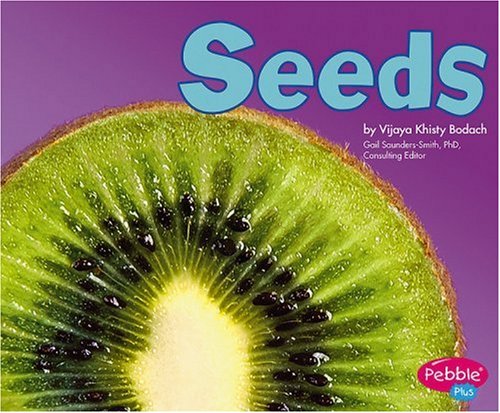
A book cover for Seeds (Plant Parts); Vijaya Khisty Bodach; Children's Books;